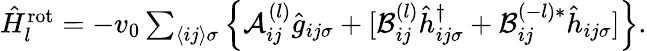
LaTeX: \begin{array}{r}{\hat{H}_{l}^{\mathrm{rot}}=-v_{0}\sum_{\langle ij\rangle\sigma}\left\{ \mathcal{A}_{ij}^{(l)}\hat{g}_{ij\sigma}+[\mathcal{B}_{ij}^{(l)}\hat{h}_{ij\sigma}^{\dagger}+\mathcal{B}_{ij}^{(-l)*}\hat{h}_{ij\sigma}]\right\} .}\end{array}